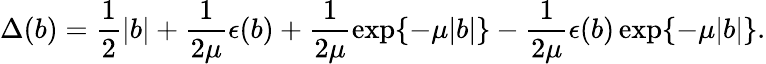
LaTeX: \Delta(b)=\frac{1}{2}\vert b\vert+\frac{1}{2\mu}\epsilon(b)+\frac{1}{2\mu}\exp\{ -\mu\vert b\vert\} -\frac{1}{2\mu}\epsilon(b)\exp\{ -\mu\vert b\vert\} .